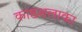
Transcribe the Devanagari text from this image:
काष्ठशलाका